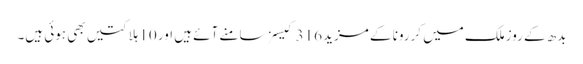
بدھ کے روزملک میں کررونا کے مزید 316 کیسز سامنے آئے ہیں اور 10 ہلاکتیں بھی ہوئی ہیں۔